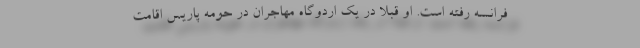
فرانسه رفته است. او قبلا در یک اردوگاه مهاجران در حومه پاریس اقامت